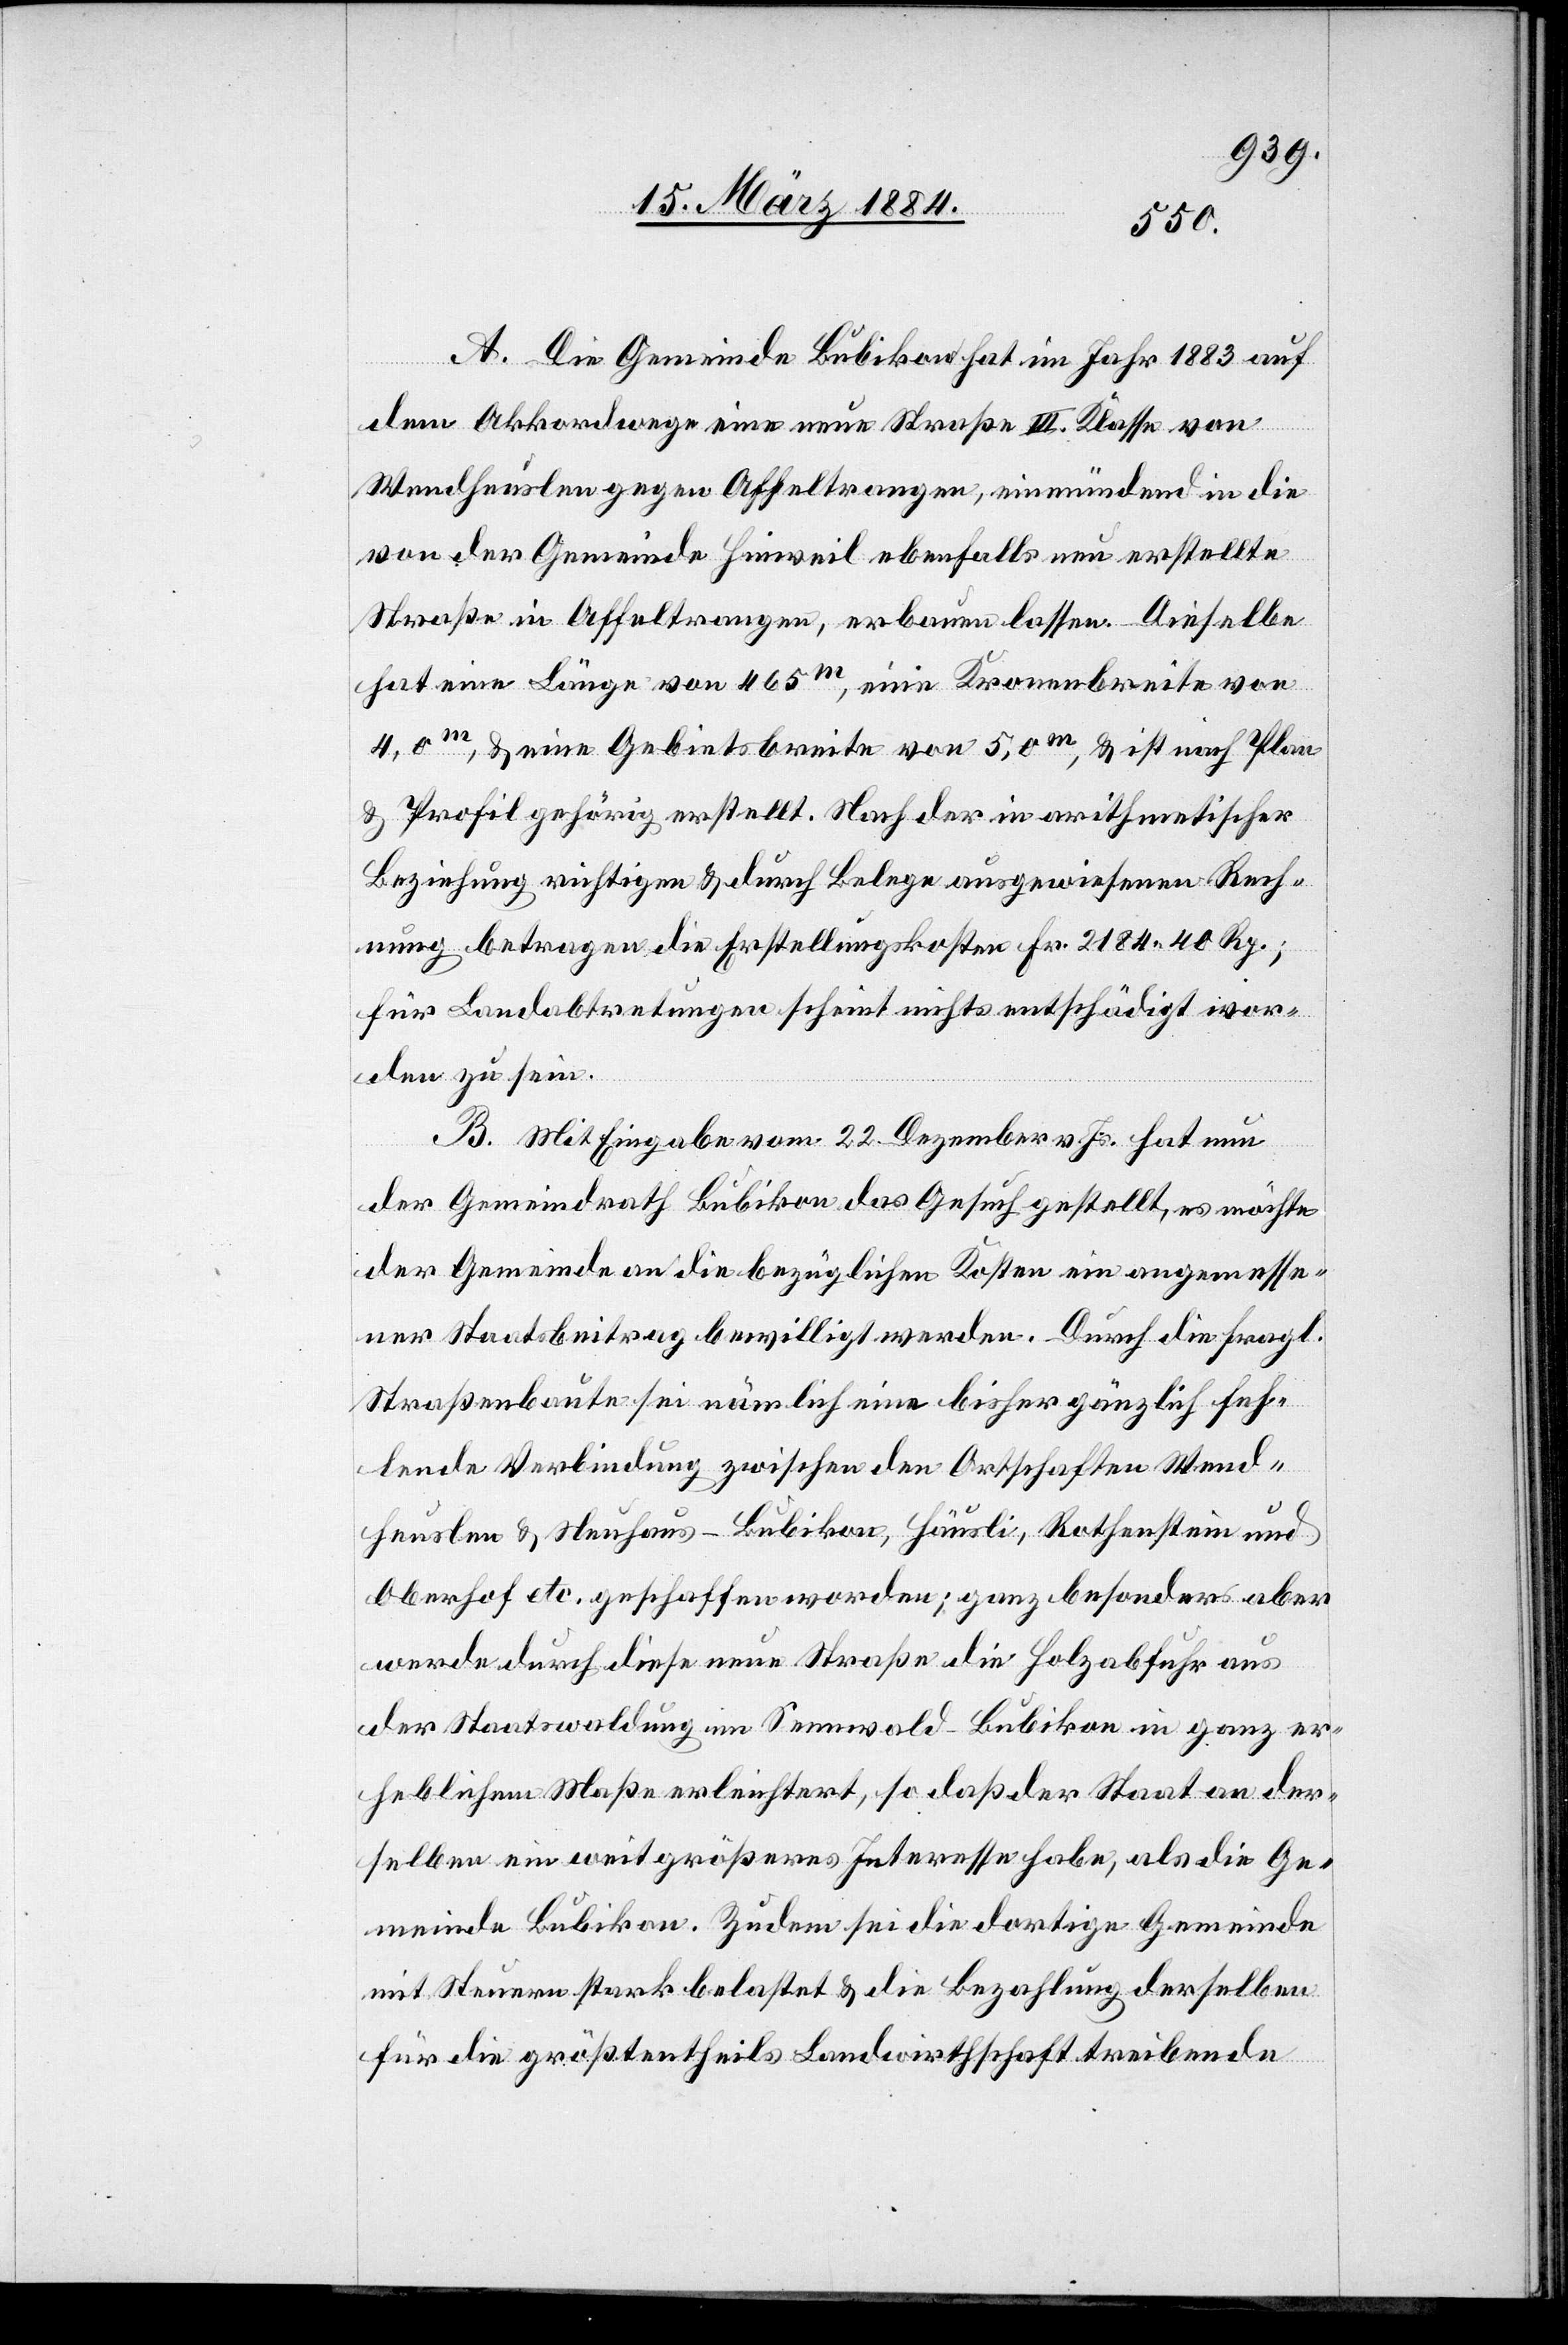
A. Die Gemeinde Bubikon hat im Jahr 1883 auf
dem Akkordwege eine neue Straße III. Klasse von
Wendheuslen gegen Affeltrangen, einmündend in die
von der Gemeinde Hinweil ebenfalls neu erstellte
Straße in Affeltrangen, erbauen lassen. Dieselbe
hat eine Länge von 465m, eine Kronenbereite von
4,0m, & eine Gebietsbreite von 5,0m & ist nach Plan
& Profil gehörig erstellt. Nach der in arithmetischer
Beziehung richtigen & durch Belege ausgewiesenen Rech¬
nung betragen die Erstellungskosten Fr. 2184 40 Rp.;
für Landabtretungen scheint nichts entschädigt wor¬
den zu sein.
B. Mit Eingabe vom 22. Dezember v. Js. hat nun
der Gemeindrath Bubikon das Gesuch gestellt, es möchte
der Gemeinde an die bezüglichen Kosten ein angemesse¬
ner Staatsbeitrag bewilligt werden. Durch die fragl.
Straßenbaute sei nämlich eine bisher gänzlich feh¬
lende Verbindung zwischen den Ortschaften Wend¬
heuslen & Neuhaus - Bubikon, Häusli, Rothenstein und
Oberhof etc. geschaffen worden; ganz besonders aber
werde durch diese neue Straße die Holzabfuhr aus
der Staatswaldung im Sennwald - Bubikon in ganz er¬
heblichem Maße erleichtert, so daß der Staat an der¬
selben ein weit größeres Interesse habe, als die Ge¬
meinde Bubikon. Zudem sei die dortige Gemeinde
mit Steuern stark belastet & die Bezahlung derselben
für die größtentheils Landwirtschaft treibende